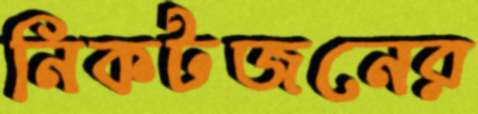
নিকটজনের